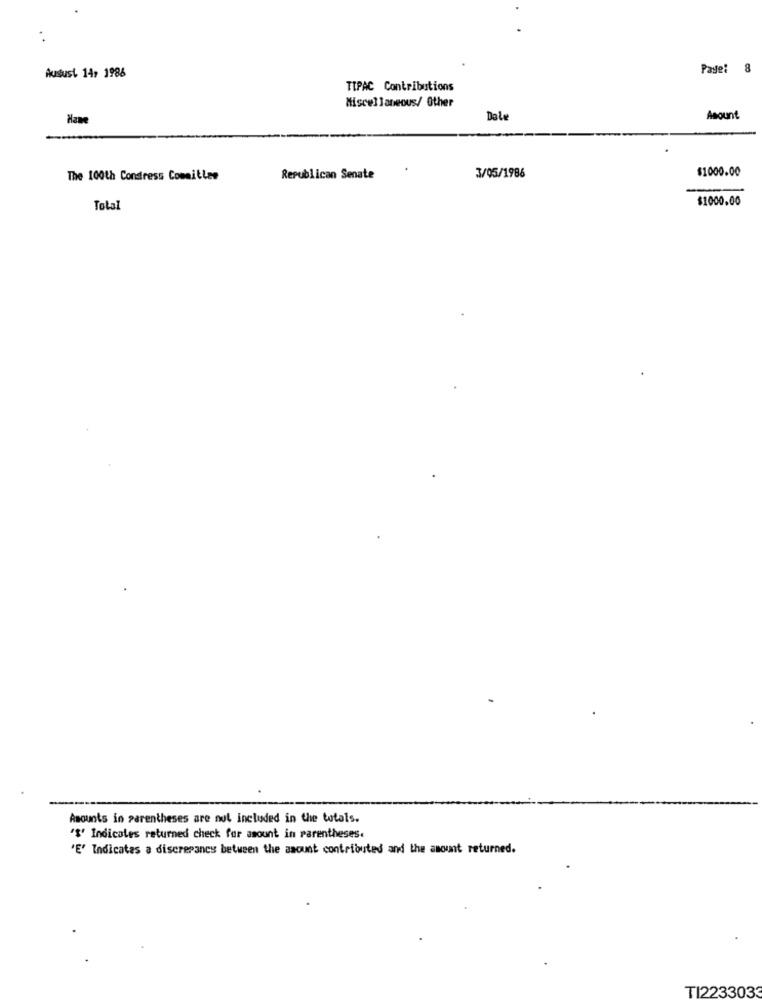
Austust 14, 1986
Page: 8
TIPAC Contributions
Miscellaneous/ Other
Hane
Dole
Amount
$1000.00
The 100th Condress Committee
Republican Senate
3/05/1986
$1000.00
Total
Amounts in parentheses are not included in the totals.
'S' Indicates returned check for amount in parentheses.
'E' Indicates a discrepancy between the amount contributed and the amount returned.
TI2233033